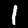
Label: 1